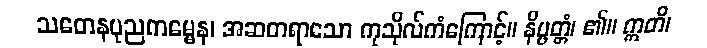
သတေနပုညကမ္မေန၊ အဆတရာသော ကုသိုလ်ကံကြောင့်။ နိပ္ပတ္တံ၊ ၏။ ဣတိ၊